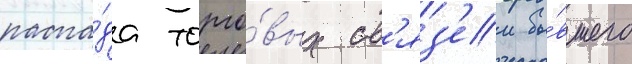
распа́да торго́вых св'яз'еи бы́вшего